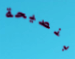
بنصيحة